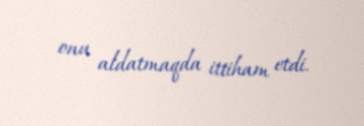
onu aldatmaqda ittiham etdi.